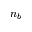
n _ { b }